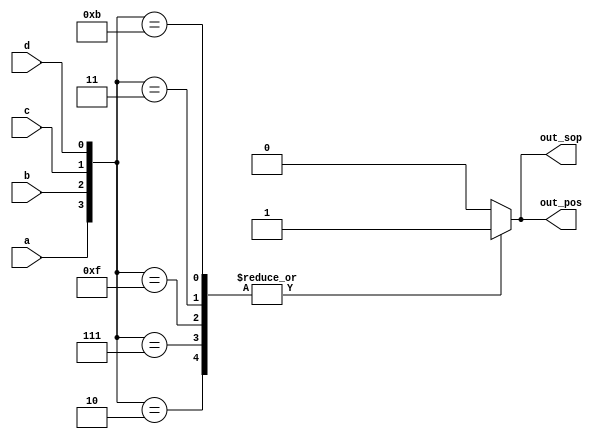
module top_module (
    input a,
    input b,
    input c,
    input d,
    output out_sop,
    output out_pos
); 
wire [3:0] num;
assign num = {a,b,c,d};
reg tmp;
always @(num) begin
    case(num)
    4'd2:tmp = 1'b1;
    4'd7:tmp = 1'b1;
    4'd15:tmp = 1'b1;
    4'd3:tmp =1'b1;
    4'd8:tmp =1'b0;
    4'd11:tmp =1'b1;
    default:tmp = 1'b0;
    endcase
end
assign out_pos = tmp;
assign out_sop = tmp;
endmodule